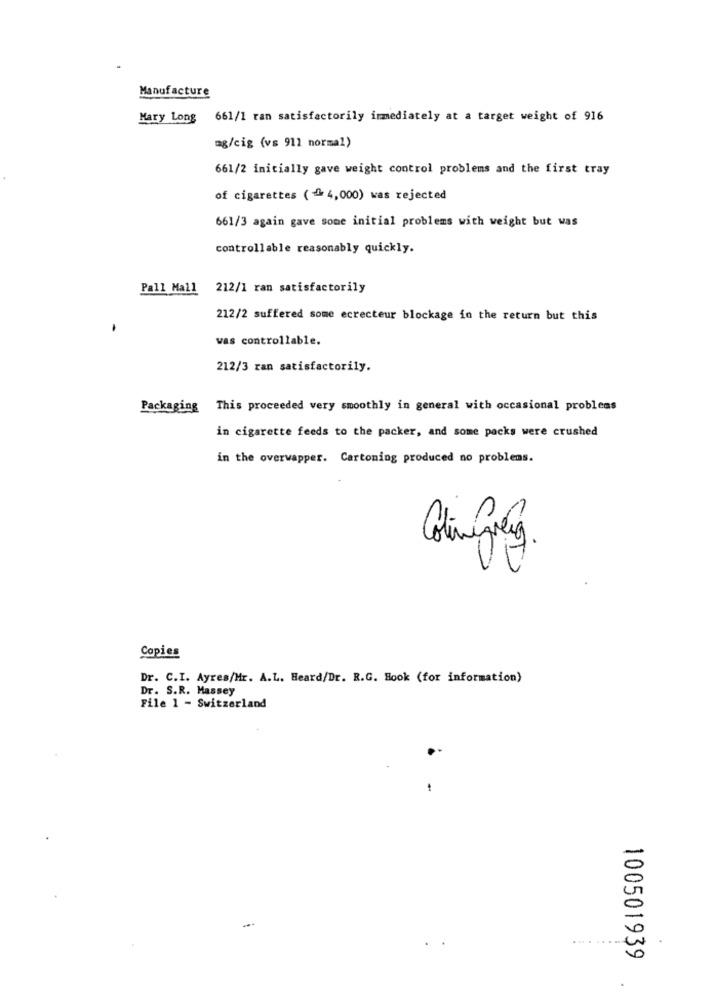
Manufacture
Mary Long 661/1 ran satisfactorily immediately at a target weight of 916
mg/cig (vs 911 normal)
661/2 initially gave weight control problems and the first tray
of cigarettes (4,000) was rejected
661/3 again gave some initial problems with weight but was
controllable reasonably quickly.
Pall Mall 212/1 ran satisfactorily
212/2 suffered some ecrecteur blockage in the return but this
was controllable.
212/3 ran satisfactorily.
Packaging This proceeded very smoothly in general with occasional problems
in cigarette feeds to the packer, and some packs were crushed
in the overwapper. Cartoning produced no problems.
Coliningly
Copies
Dr. C.I. Ayres/Mr. A.L. Heard/Dr. R.G. Hook (for information)
Dr. S.R. Massey
File 1 - Switzerland
...
100501939